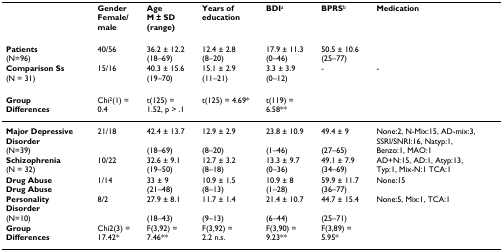
<table><thead><tr><td></td><td><b>Gender Female/male</b></td><td><b>AgeM ± SD(range)</b></td><td><b>Years of education</b></td><td><b>BDI<sup>a</sup></b></td><td><b>BPRS<sup>b</sup></b></td><td><b>Medication</b></td></tr></thead><tbody><tr><td><b>Patients </b>(N=96)</td><td>40/56</td><td>36.2 ± 12.2 (18–69)</td><td>12.4 ± 2.8 (8–20)</td><td>17.9 ± 11.3 (0–46)</td><td>50.5 ± 10.6 (25–77)</td><td></td></tr><tr><td><b>Comparison Ss </b>(N = 31)</td><td>15/16</td><td>40.3 ± 15.6 (19–70)</td><td>15.1 ± 2.9 (11–21)</td><td>3.3 ± 3.9 (0–12)</td><td>-</td><td>-</td></tr><tr><td><b>Group </b><b>Differences</b></td><td>Chi<sup>2</sup>(1) = 0.4</td><td>t(125) = 1.52, p &gt; .1</td><td>t(125) = 4.69*</td><td>t(119) = 6.58**</td><td></td><td></td></tr><tr><td><b>Major Depressive</b><b>Disorder</b>(N=39)</td><td>21/18</td><td>42.4 ± 13.7 (18–69)</td><td>12.9 ± 2.9 (8–20)</td><td>23.8 ± 10.9 (1–46)</td><td>49.4 ± 9 (27–65)</td><td>None:2, N-Mix:15, AD-mix:3,SSRI/SNRI:16, Natyp:1,Benzo:1, MAO:1</td></tr><tr><td><b>Schizophrenia </b>(N = 32)</td><td>10/22</td><td>32.6 ± 9.1 (19–50)</td><td>12.7 ± 3.2 (8–18)</td><td>13.3 ± 9.7 (0–36)</td><td>49.1 ± 7.9 (34–69)</td><td>AD+N:15, AD:1, Atyp:13, Typ:1, Mix-N:1 TCA:1</td></tr><tr><td><b>Drug Abuse </b><b>Drug Abuse </b></td><td>1/14</td><td>33 ± 9 (21–48)</td><td>10.9 ± 1.5 (8–13)</td><td>10.9 ± 8 (1–28)</td><td>59.9 ± 11.7 (36–77)</td><td>None:15</td></tr><tr><td><b>Personality</b><b>Disorder</b>(N=10)</td><td>8/2</td><td>27.9 ± 8.1 (18–43)</td><td>11.7 ± 1.4 (9–13)</td><td>21.4 ± 10.7 (6–44)</td><td>44.7 ± 15.4 (25–71)</td><td>None:5, Mix:1, TCA:1</td></tr><tr><td><b>Group </b><b>Differences</b></td><td>Chi2(3) = 17.42*</td><td>F(3,92) = 7.46**</td><td>F(3,92) = 2.2 n.s.</td><td>F(3,90) = 9.23**</td><td>F(3,89) = 5.95*</td><td></td></tr></tbody></table>